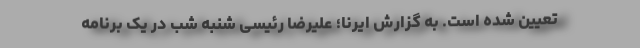
تعیین شده است. به گزارش ایرنا؛ علیرضا رئیسی شنبه شب در یک برنامه